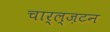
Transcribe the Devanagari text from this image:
चार्ल्ज़टन